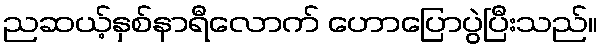
ညဆယ့်နှစ်နာရီလောက် ဟောပြောပွဲပြီးသည်။